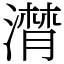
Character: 潸